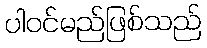
ပါဝင်မည်ဖြစ်သည်